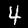
Label: 4